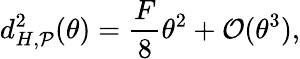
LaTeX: d_{H,\mathcal{P}}^{2}(\theta)=\frac{F}{8}\theta^{2}+\mathcal{O}(\theta^{3}),